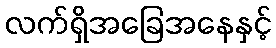
လက်ရှိအခြေအနေနှင့်